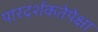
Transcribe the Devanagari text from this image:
पारदर्शकतेपेक्षा